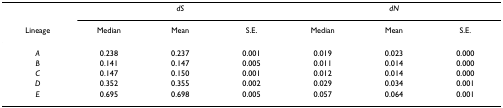
|  | <COLSPAN=3> dS | <COLSPAN=3> dN |
 | Lineage | Median | Mean | S.E. | Median | Mean | S.E. |
 | --- | --- | --- | --- | --- | --- | --- |
 | A | 0.238 | 0.237 | 0.001 | 0.019 | 0.023 | 0.000 |
 | B | 0.141 | 0.147 | 0.005 | 0.011 | 0.014 | 0.000 |
 | C | 0.147 | 0.150 | 0.001 | 0.012 | 0.014 | 0.000 |
 | D | 0.352 | 0.355 | 0.002 | 0.029 | 0.034 | 0.001 |
 | E | 0.695 | 0.698 | 0.005 | 0.057 | 0.064 | 0.001 |